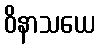
ဝိနာသယေ